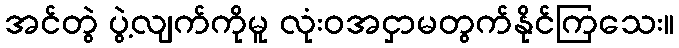
အင်တွဲ ပွဲ့လျက်ကိုမူ လုံးဝအငှာမတွက်နိုင်ကြသေး။